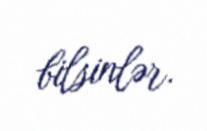
bilsinlər.